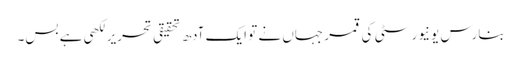
بنارس یونیورسٹی کی قمر جہاں نے تو ایک آدھ تحقیقی تحریر لکھی ہے بس۔